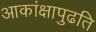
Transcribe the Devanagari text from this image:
आकांक्षापुढति